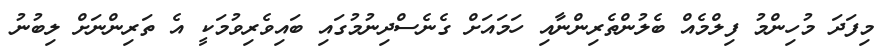
މިފަދަ މުހިންމު ފިލްމެއް ބެލުންތެރިންނާއި ހަމައަށް ގެނެސްދިނުމުގައި ބައިވެރިވުމަކީ އެ ތަރިންނަށް ލިބުނު